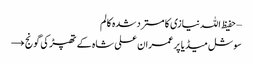
– حفیظ اللہ نیازی کا مسترد شدہ کالم
سوشل میڈیا پر عمران علی شاہ کے تھپڑ کی گونج →